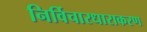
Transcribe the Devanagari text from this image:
निर्विचारधाराकरण